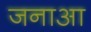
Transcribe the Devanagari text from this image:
जनाआ